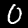
Label: 0